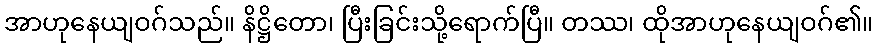
အာဟုနေယျဝဂ်သည်။ နိဋ္ဌိတော၊ ပြီးခြင်းသို့ရောက်ပြီ။ တဿ၊ ထိုအာဟုနေယျဝဂ်၏။